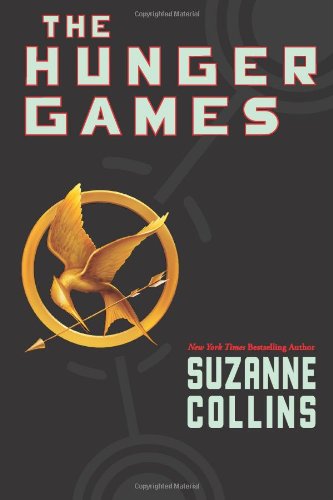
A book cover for The Hunger Games (Book 1); Suzanne Collins; Teen & Young Adult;